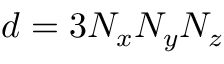
d = 3 N _ { x } N _ { y } N _ { z }